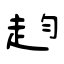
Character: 赹